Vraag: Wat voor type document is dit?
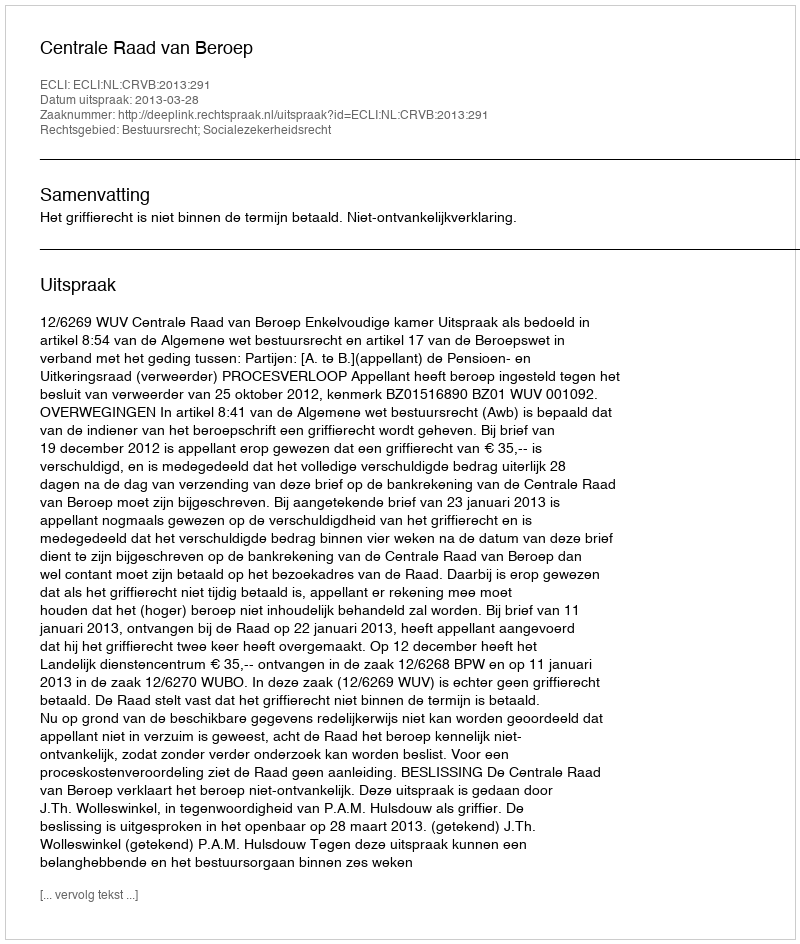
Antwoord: Uitspraak